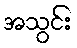
အသွင်း